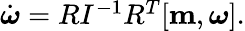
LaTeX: \begin{array}{r}{\dot{\boldsymbol\omega}=RI^{-1}R^{T}[{\mathbf m},{\boldsymbol\omega}].}\end{array}